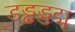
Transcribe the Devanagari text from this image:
डड्ढड्डद्म